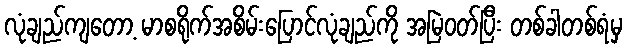
လုံချည်ကျတော့ မာစရိုက်အစိမ်းပြောင်လုံချည်ကို အမြဲဝတ်ပြီး တစ်ခါတစ်ရံမှ